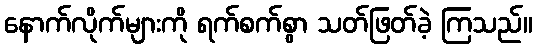
နောက်လိုက်များကို ရက်စက်စွာ သတ်ဖြတ်ခဲ့ ကြသည်။